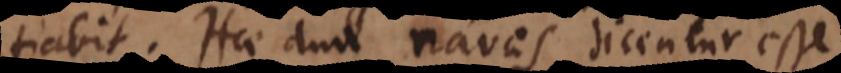
iabit. Hae duae naves dicentur esse